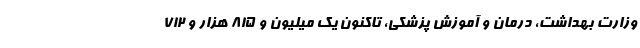
وزارت بهداشت، درمان و آموزش پزشکی، تاکنون یک میلیون و ۸۱۵ هزار و ۷۱۲